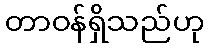
တာဝန်ရှိသည်ဟု